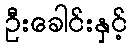
ဦးခေါင်းနှင့်